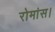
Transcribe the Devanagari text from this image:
रोमांस।